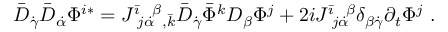
\bar { D } _ { \dot { \gamma } } \bar { D } _ { \dot { \alpha } } \Phi ^ { i * } = J ^ { \bar { \imath } } \! _ { j \dot { \alpha } } \! ^ { \beta } { } _ { , \bar { k } } \bar { D } _ { \dot { \gamma } } \bar { \Phi } ^ { k } D _ { \beta } \Phi ^ { j } + 2 i J ^ { \bar { \imath } } \! _ { j \dot { \alpha } } \! ^ { \beta } \delta _ { \beta \dot { \gamma } } \partial _ { t } \Phi ^ { j } \ .